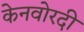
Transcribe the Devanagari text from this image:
केनवोरदी